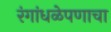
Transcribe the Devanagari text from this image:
रंगांधळेपणाचा